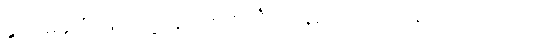
နွယ် မချိပြုံးဖြင့် တုံ့ပြန်ရင်း အင်္ကျီ၊ လုံချည်ကို အတန်သပ်ရပ်သည်။